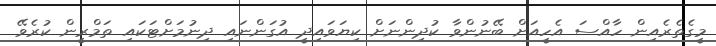
މީގެެތެރެއިން ހާއްސަ އެހީއަށް ބޭނުންވާ ކުދިންނަށް ކިޔަވައިދީ އުގަންނައި ދިނުމަށްޓަކައި ތަމްރީން ކުރެވޭ